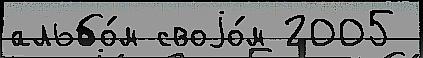
альбо́м своjо́м 2005